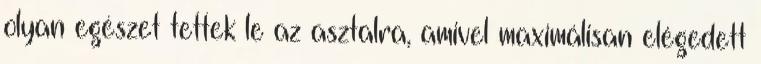
olyan egészet tettek le az asztalra, amivel maximálisan elégedett